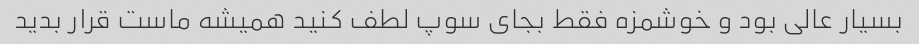
بسیار عالی بود و خوشمزه فقط بجای سوپ لطف کنید همیشه ماست قرار بدید